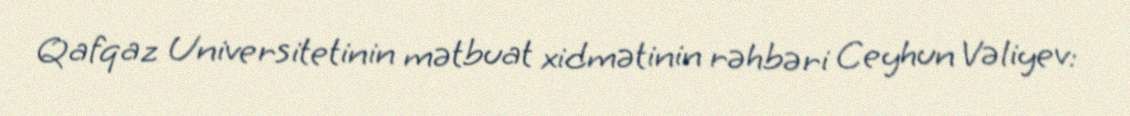
Qafqaz Universitetinin mətbuat xidmətinin rəhbəri Ceyhun Vəliyev: